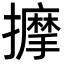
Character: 擵